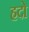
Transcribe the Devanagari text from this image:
हदो